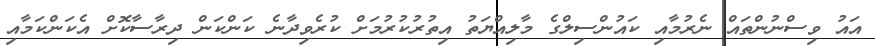
އައު ވިސްނުންތައް ނެރުމާއި ކައުންސިލްގެ މާލިއްޔަތު އިތުރުކުރުމަށް ކުރެވިދާނެ ކަންކަން ދިރާސާކޮށް އެކަންކަމާއި